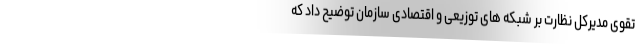
تقوی مدیرکل نظارت بر شبکه های توزیعی و اقتصادی سازمان توضیح داد که